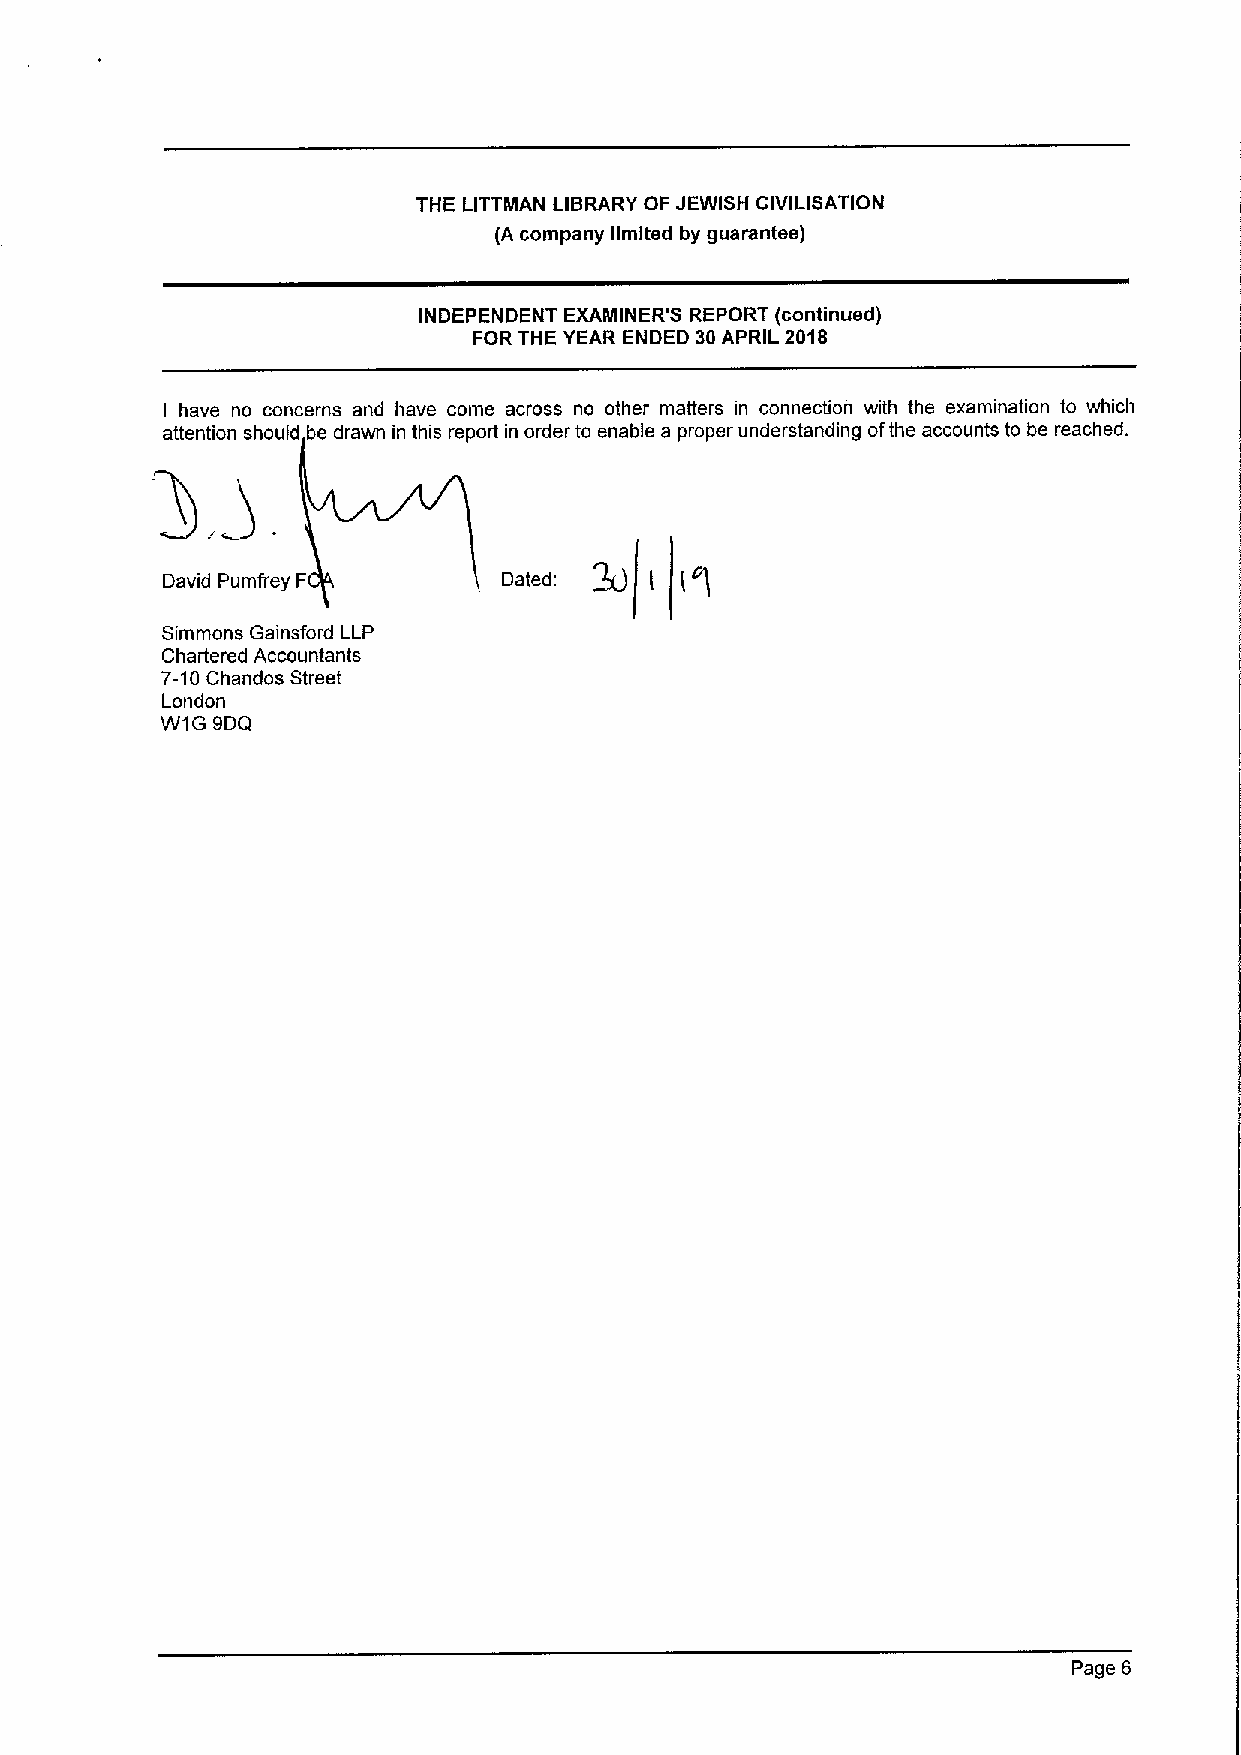
THE LITTMAN LIBRARY OF JEWISH CIVILISATION
 (A company limited by guarantee)
 INDEPENDENT EXAININER'S REPORT (continued)
 FOR THE YEAR ENDED 30APRIL 2018
 have no concerns and have come across no other matters in connection with the examination to which
 I
 attention should be drawn in this report in order to enable a proper understanding ofthe accounts to be reache d.
 David Pumfrey F       Dated:
 Simmons Gainsford LLP
 Chartered Accountants
 7-10Chandos Street
 London
 W1G 9DQ
 Page 6